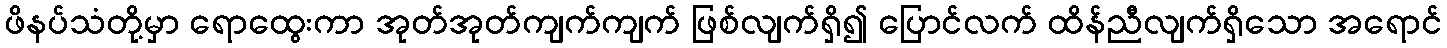
ဖိနပ်သံတို့မှာ ရောထွေးကာ အုတ်အုတ်ကျက်ကျက် ဖြစ်လျက်ရှိ၍ ပြောင်လက် ထိန်ညီလျက်ရှိသော အရောင်